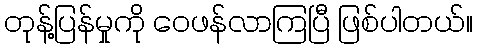
တုန့်ပြန်မှုကို ဝေဖန်လာကြပြီ ဖြစ်ပါတယ်။